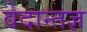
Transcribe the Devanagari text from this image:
वेदान्तज्ञ